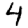
Digit: 4